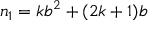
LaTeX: n _ { 1 } = k b ^ { 2 } + ( 2 k + 1 ) b